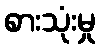
စားသုံးမှု